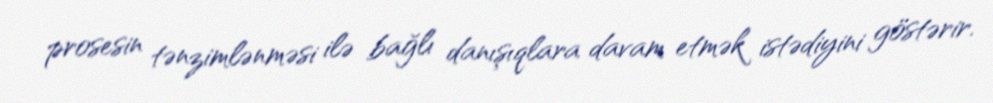
prosesin tənzimlənməsi ilə bağlı danışıqlara davam etmək istədiyini göstərir.